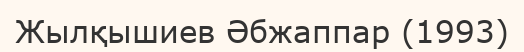
Жылқышиев Әбжаппар (1993)